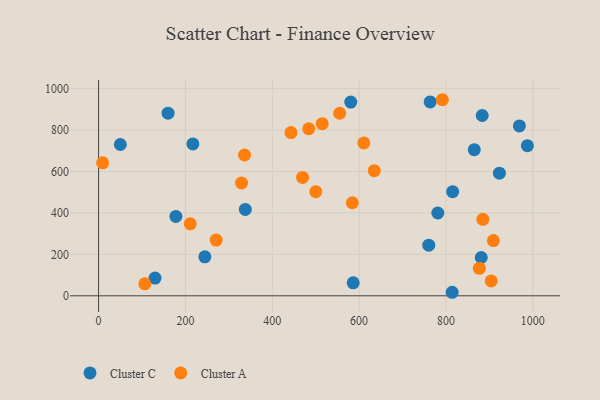
{"axis": {"x": "Distance", "y": "Profit"}, "legend": ["Cluster A", "Cluster C"], "data": [{"x": "815.4", "y": 502.3, "type": "Cluster C"}, {"x": "337.9", "y": 417.0, "type": "Cluster C"}, {"x": "781.2", "y": 399.5, "type": "Cluster C"}, {"x": "814.3", "y": 17.0, "type": "Cluster C"}, {"x": "178.0", "y": 383.0, "type": "Cluster C"}, {"x": "760.4", "y": 244.5, "type": "Cluster C"}, {"x": "217.1", "y": 732.7, "type": "Cluster C"}, {"x": "987.5", "y": 724.3, "type": "Cluster C"}, {"x": "50.1", "y": 730.0, "type": "Cluster C"}, {"x": "130.0", "y": 85.7, "type": "Cluster C"}, {"x": "923.1", "y": 591.5, "type": "Cluster C"}, {"x": "763.6", "y": 935.7, "type": "Cluster C"}, {"x": "881.3", "y": 184.9, "type": "Cluster C"}, {"x": "580.8", "y": 934.6, "type": "Cluster C"}, {"x": "865.2", "y": 705.0, "type": "Cluster C"}, {"x": "160.0", "y": 881.3, "type": "Cluster C"}, {"x": "244.7", "y": 188.0, "type": "Cluster C"}, {"x": "586.4", "y": 62.7, "type": "Cluster C"}, {"x": "883.5", "y": 870.1, "type": "Cluster C"}, {"x": "969.1", "y": 819.5, "type": "Cluster C"}, {"x": "500.2", "y": 502.6, "type": "Cluster A"}, {"x": "9.3", "y": 641.8, "type": "Cluster A"}, {"x": "106.4", "y": 57.6, "type": "Cluster A"}, {"x": "584.3", "y": 449.0, "type": "Cluster A"}, {"x": "610.9", "y": 737.8, "type": "Cluster A"}, {"x": "336.1", "y": 679.5, "type": "Cluster A"}, {"x": "329.2", "y": 544.3, "type": "Cluster A"}, {"x": "791.7", "y": 946.1, "type": "Cluster A"}, {"x": "211.1", "y": 347.2, "type": "Cluster A"}, {"x": "469.8", "y": 571.4, "type": "Cluster A"}, {"x": "443.1", "y": 787.4, "type": "Cluster A"}, {"x": "904.3", "y": 71.9, "type": "Cluster A"}, {"x": "634.9", "y": 603.8, "type": "Cluster A"}, {"x": "484.0", "y": 806.0, "type": "Cluster A"}, {"x": "884.9", "y": 369.1, "type": "Cluster A"}, {"x": "555.2", "y": 880.8, "type": "Cluster A"}, {"x": "909.3", "y": 266.5, "type": "Cluster A"}, {"x": "270.8", "y": 269.1, "type": "Cluster A"}, {"x": "515.1", "y": 830.4, "type": "Cluster A"}, {"x": "876.8", "y": 132.8, "type": "Cluster A"}]}